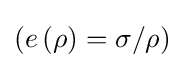
\left(e\left(\rho \right)=\sigma /\rho \right)